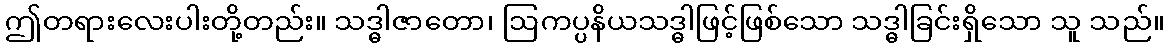
ဤတရားလေးပါးတို့တည်း။ သဒ္ဓါဇာတော၊ ဩကပ္ပနိယသဒ္ဓါဖြင့်ဖြစ်သော သဒ္ဓါခြင်းရှိသော သူ သည်။